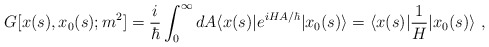
\begin{align*}G[x(s),x_0(s);m^2]={i\over\hbar}\int_0^\infty dA \langle x(s)|e^{i H A/\hbar}| x_0(s)\rangle = \langle x(s)|{1\over H}| x_0(s)\rangle \ ,\end{align*}